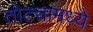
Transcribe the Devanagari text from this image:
तोट्यामध्ये